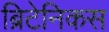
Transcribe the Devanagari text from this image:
ब्रिटेनिकस